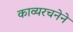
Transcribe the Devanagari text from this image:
काव्यरचनेने